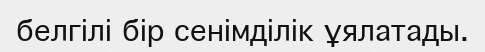
белгілі бір сенімділік ұялатады.